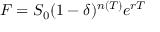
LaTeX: F = S _ { 0 } ( 1 - \delta ) ^ { n ( T ) } e ^ { r T }